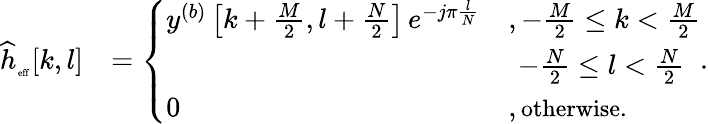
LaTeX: \begin{array}{rl}{{\widehat h}_{_{\mathrm{\scriptsize{eff}}}}[k,l]}&{=\left\{ \begin{array}{ll}{{y}^{(b)}\left[k+\frac{M}{2},l+\frac{N}{2}\right]\, e^{-j\pi\frac{l}{N}}}&{,-\frac{M}{2}\leq k<\frac{M}{2}}\\ &{\, \, -\frac{N}{2}\leq l<\frac{N}{2}}\\ {0}&{,\mathrm{\small{otherwise.}}}\end{array}\right..}\end{array}